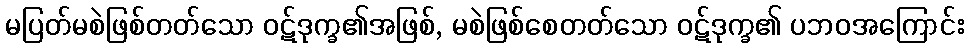
မပြတ်မစဲဖြစ်တတ်သော ဝဋ်ဒုက္ခ၏အဖြစ်, မစဲဖြစ်စေတတ်သော ဝဋ်ဒုက္ခ၏ ပဘဝအကြောင်း